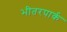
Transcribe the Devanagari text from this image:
भीतरपार्क